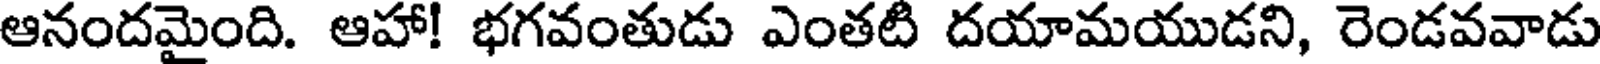
ఆనందమైంది. ఆహా! భగవంతుడు ఎంతటి దయామయుడని, రెండవవాడు